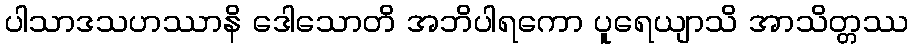
ပါသာဒသဟဿာနိ ဒေါသောတိ အဘိပါရကော ပူရေယျာသိ အာသိတ္တဿ